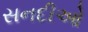
સનદીઓ